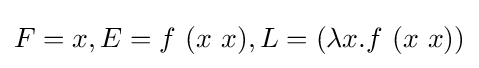
F=x,E=f\ (x\ x),L=(\lambda x.f\ (x\ x))